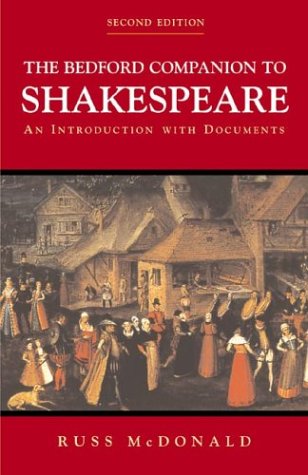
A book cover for The Bedford Companion to Shakespeare: An Introduction with Documents; Russ McDonald; Literature & Fiction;